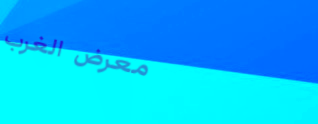
معرض الغرب